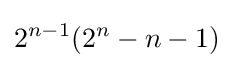
2^{n-1}(2^{n}-n-1)